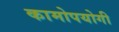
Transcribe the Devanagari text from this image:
कामोपयोगी